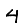
Digit: 4